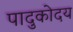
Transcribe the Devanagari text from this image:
पादुकोदय